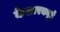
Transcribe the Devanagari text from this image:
केआरक्यूई